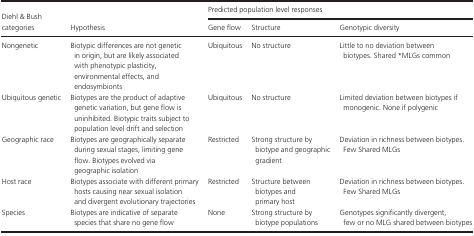
<table><thead><tr><td></td><td></td><td colspan="3"><b>Predicted population level responses</b></td></tr><tr><td><b>Diehl &amp; Bush categories</b></td><td><b>Hypothesis</b></td><td><b>Gene flow</b></td><td><b>Structure</b></td><td><b>Genotypic diversity</b></td></tr></thead><tbody><tr><td>Nongenetic</td><td>Biotypic differences are not genetic in origin, but are likely associated with phenotypic plasticity, environmental effects, and endosymbionts</td><td>Ubiquitous</td><td>No structure</td><td>Little to no deviation between biotypes. Shared *MLGs common</td></tr><tr><td>Ubiquitous genetic</td><td>Biotypes are the product of adaptive genetic variation, but gene flow is uninhibited. Biotypic traits subject to population level drift and selection</td><td>Ubiquitous</td><td>No structure</td><td>Limited deviation between biotypes if monogenic. None if polygenic</td></tr><tr><td>Geographic race</td><td>Biotypes are geographically separate during sexual stages, limiting gene flow. Biotypes evolved via geographic isolation</td><td>Restricted</td><td>Strong structure by biotype and geographic gradient</td><td>Deviation in richness between biotypes. Few Shared MLGs</td></tr><tr><td>Host race</td><td>Biotypes associate with different primary hosts causing near sexual isolation and divergent evolutionary trajectories</td><td>Restricted</td><td>Structure between biotypes and primary host</td><td>Deviation in richness between biotypes. Few Shared MLGs</td></tr><tr><td>Species</td><td>Biotypes are indicative of separate species that share no gene flow</td><td>None</td><td>Strong structure by biotype populations</td><td>Genotypes significantly divergent, few or no MLG shared between biotypes</td></tr></tbody></table>